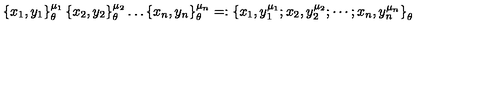
\left\{ x _ { 1 } , y _ { 1 } \right\} _ { \theta } ^ { \mu _ { 1 } } \left\{ x _ { 2 } , y _ { 2 } \right\} _ { \theta } ^ { \mu _ { 2 } } \ldots \left\{ x _ { n } , y _ { n } \right\} _ { \theta } ^ { \mu _ { n } } = : \left\{ x _ { 1 } , y _ { 1 } ^ { \mu _ { 1 } } ; x _ { 2 } , y _ { 2 } ^ { \mu _ { 2 } } ; \cdots ; x _ { n } , y _ { n } ^ { \mu _ { n } } \right\} _ { \theta }